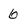
Character: 6